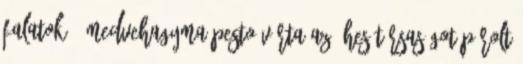
falatok - medvehagyma pesto várta az éhes társaságot párolt